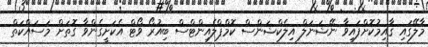
މާލޭގައި ޤާއިމުކޮށްފައިވާ ނޭޝަނަލް އިލެކްޝަންސް ކޮމްޕްލެއިންޓްސް ބިއުރޯ ވޯޓް އެކަށީގެންވާ ގޮތަށް މަސައްކަތް